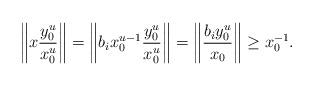
LaTeX: \begin{align*} \left\Vert x\frac{y_{0}^{u}}{x_{0}^{u}}\right\Vert = \left\Vert b_{i}x_{0}^{u-1}\frac{y_{0}^{u}}{x_{0}^{u}}\right\Vert= \left\Vert \frac{b_{i}y_{0}^{u}}{x_{0}}\right\Vert\geq x_{0}^{-1}.\end{align*}